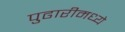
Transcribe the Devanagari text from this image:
पुढारीमध्ये